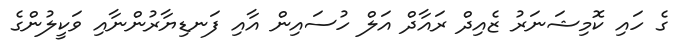
ގެ ހައި ކޮމިޝަނަރު ޒެއިދް ރައާދް އަލް ހުސައިން އާއި ފަނޑިޔާރުންނާއި ވަކީލުންގެ